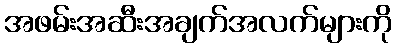
အဖမ်းအဆီးအချက်အလက်များကို